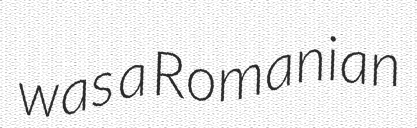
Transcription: was a Romanian